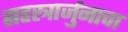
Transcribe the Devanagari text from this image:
सहस्त्रार्जुनाचा